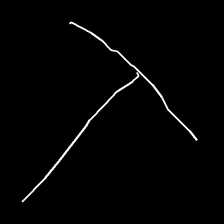
Glyph: column